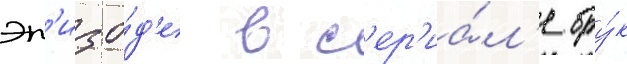
эп'изо́д'е в с'ер'иа́л'е бру́к